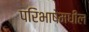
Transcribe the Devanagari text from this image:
परिभाषेमधील